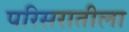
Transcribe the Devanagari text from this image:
परिसरातीला